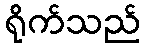
ရိုက်သည်